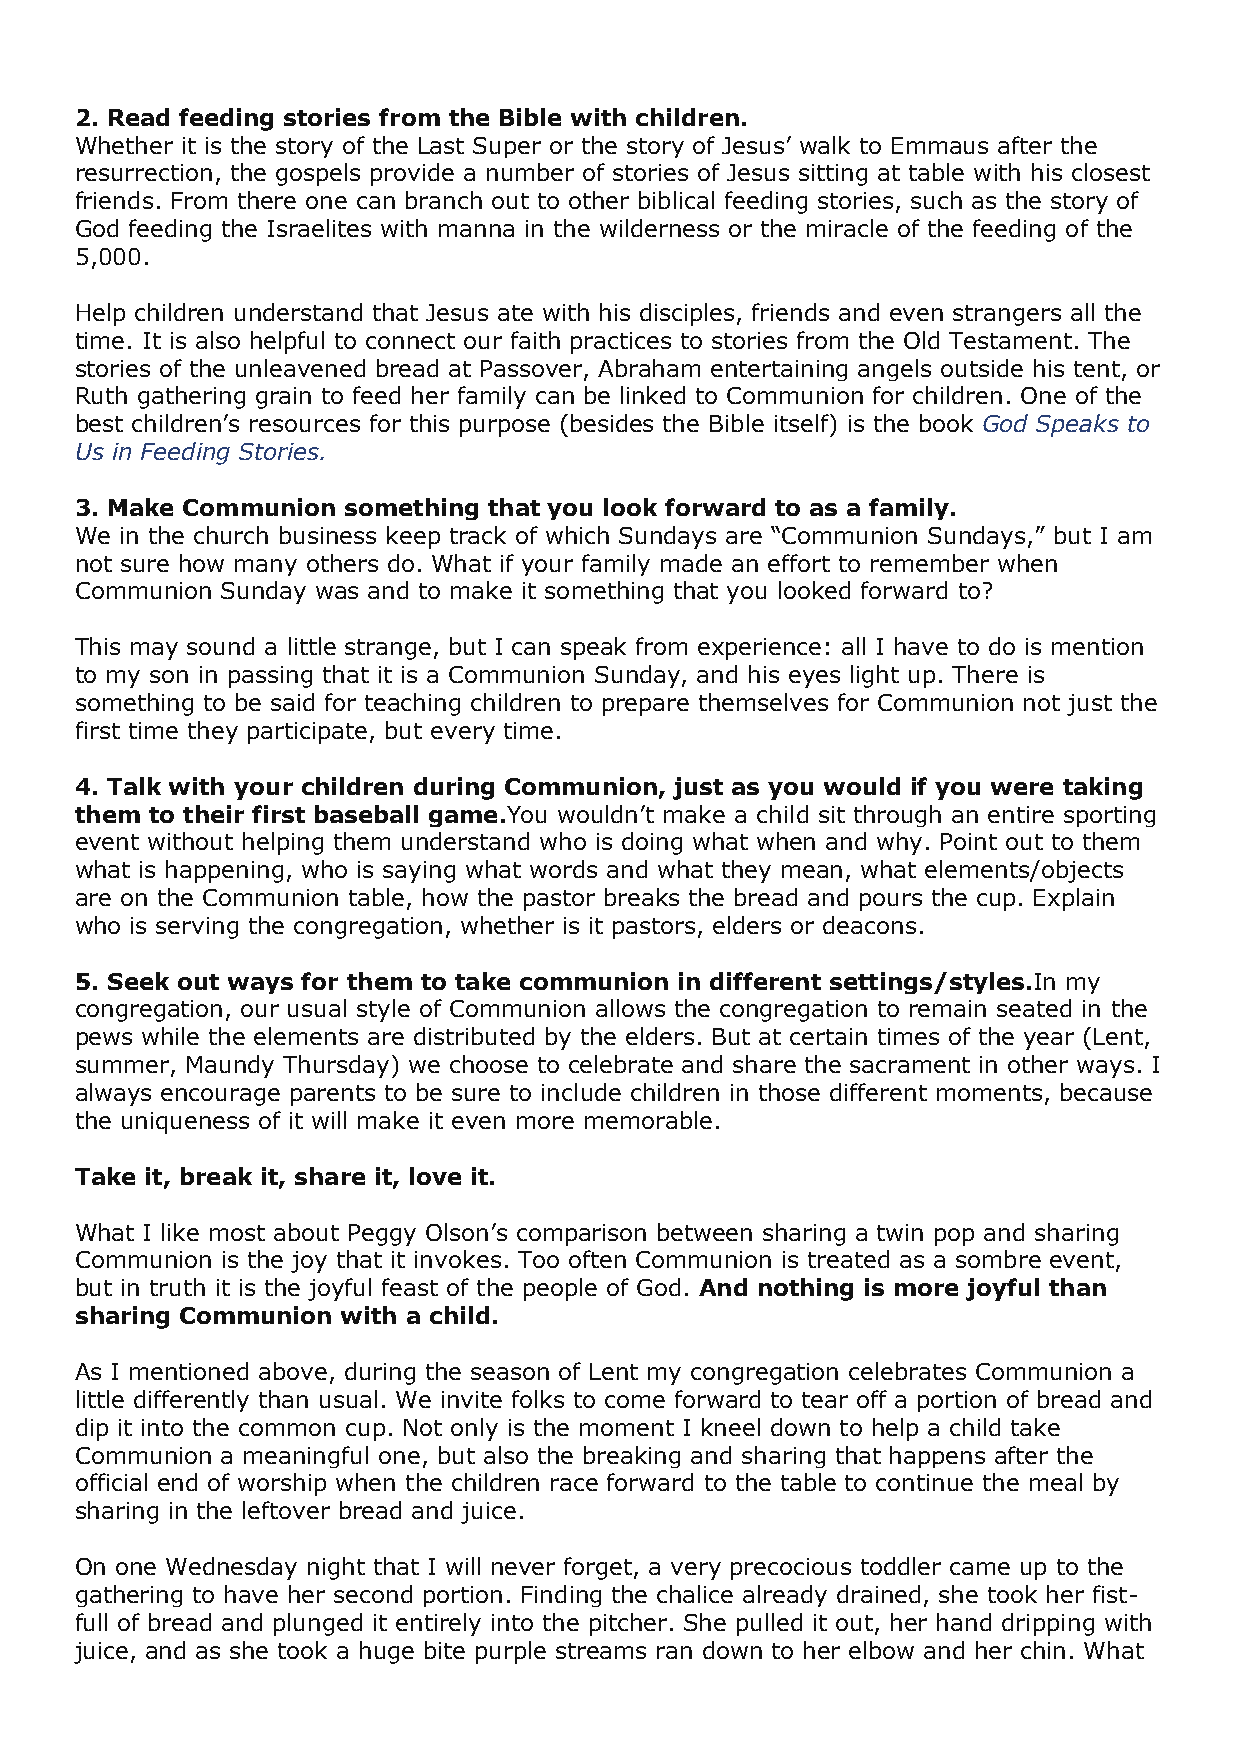
2. Read feeding stories from the Bible with children.
 Whether it is the story of the Last Super or the story of Jesus’ walk to Emmaus after the
 resurrection, the gospels provide a number of stories of Jesus sitting at table with his closest
 friends. From there one can branch out to other biblical feeding stories, such as the story of
 God feeding the Israelites with manna in the wilderness or the miracle of the feeding of the
 5,000.
 Help children understand that Jesus ate with his disciples, friends and even strangers all the
 time. It is also helpful to connect our faith practices to stories from the Old Testament. The
 stories of the unleavened bread at Passover, Abraham entertaining angels outside his tent, or
 Ruth gathering grain to feed her family can be linked to Communion for children. One of the
 best children’s resources for this purpose (besides the Bible itself) is the book God Speaks to
 Us in Feeding Stories.
 3. Make Communion something that you look forward to as a family.
 We in the church business keep track of which Sundays are “Communion Sundays,” but I am
 not sure how many others do. What if your family made an effort to remember when
 Communion Sunday was and to make it something that you looked forward to?
 This may sound a little strange, but I can speak from experience: all I have to do is mention
 to my son in passing that it is a Communion Sunday, and his eyes light up. There is
 something to be said for teaching children to prepare themselves for Communion not just the
 first time they participate, but every time.
 4. Talk with your children during Communion, just as you would if you were taking
 them to their first baseball game.You wouldn’t make a child sit through an entire sporting
 event without helping them understand who is doing what when and why. Point out to them
 what is happening, who is saying what words and what they mean, what elements/objects
 are on the Communion table, how the pastor breaks the bread and pours the cup. Explain
 who is serving the congregation, whether is it pastors, elders or deacons.
 5. Seek out ways for them to take communion in different settings/styles.In my
 congregation, our usual style of Communion allows the congregation to remain seated in the
 pews while the elements are distributed by the elders. But at certain times of the year (Lent,
 summer, Maundy Thursday) we choose to celebrate and share the sacrament in other ways. I
 always encourage parents to be sure to include children in those different moments, because
 the uniqueness of it will make it even more memorable.
 Take it, break it, share it, love it.
 What I like most about Peggy Olson’s comparison between sharing a twin pop and sharing
 Communion is the joy that it invokes. Too often Communion is treated as a sombre event,
 but in truth it is the joyful feast of the people of God. And nothing is more joyful than
 sharing Communion with a child.
 As I mentioned above, during the season of Lent my congregation celebrates Communion a
 little differently than usual. We invite folks to come forward to tear off a portion of bread and
 dip it into the common cup. Not only is the moment I kneel down to help a child take
 Communion a meaningful one, but also the breaking and sharing that happens after the
 official end of worship when the children race forward to the table to continue the meal by
 sharing in the leftover bread and juice.
 On one Wednesday night that I will never forget, a very precocious toddler came up to the
 gathering to have her second portion. Finding the chalice already drained, she took her fist-
 full of bread and plunged it entirely into the pitcher. She pulled it out, her hand dripping with
 juice, and as she took a huge bite purple streams ran down to her elbow and her chin. What